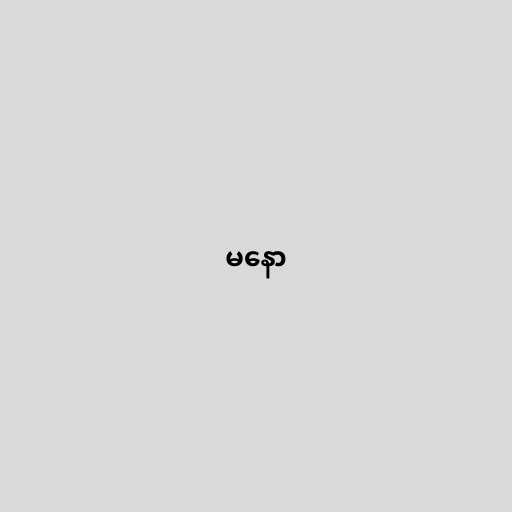
မနော